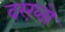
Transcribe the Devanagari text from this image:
दरख़्तो